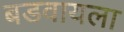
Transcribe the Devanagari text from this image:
बडवायला